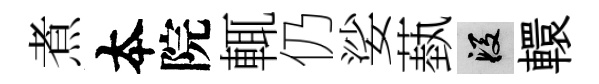
煮夲院輒仍娑蓺段轘